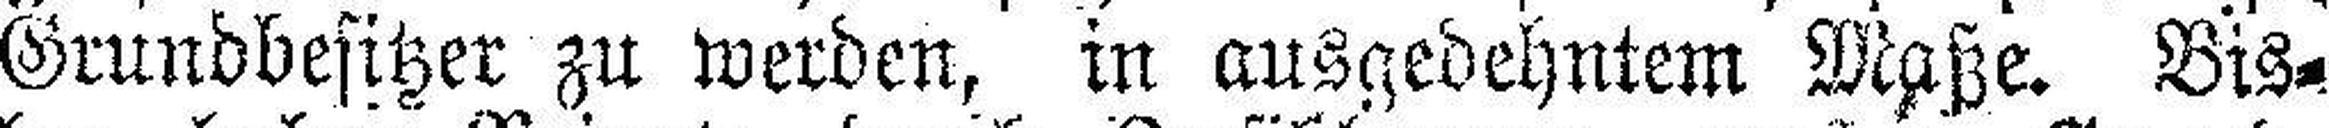
Grundbesitzer zu werden, in ausgedehntem Maße. Bis¬